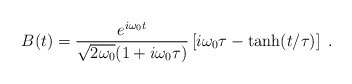
\begin{align*}B(t)=\frac{{ e}^{i\omega_0 t}}{\sqrt{2\omega_0}(1+i\omega_0\tau)}\left[ i\omega_0\tau-\tanh(t/\tau)\right]\;.\end{align*}